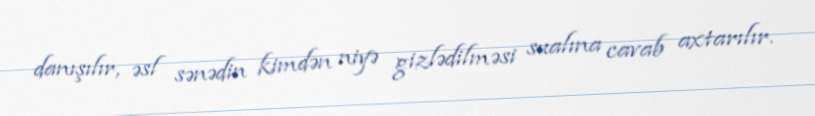
danışılır, əsl sənədin kimdən niyə gizlədilməsi sualına cavab axtarılır.